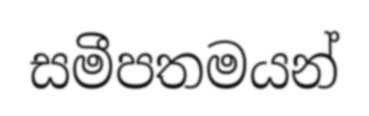
සමීපතමයන්